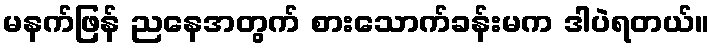
မနက်ဖြန် ညနေအတွက် စားသောက်ခန်းမက ဒါပဲရတယ်။